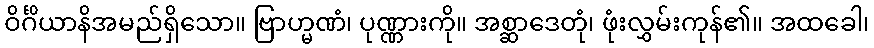
ဝိင်္ဂိယာနိအမည်ရှိသော။ ဗြာဟ္မဏံ၊ ပုဏ္ဏားကို။ အစ္ဆာဒေတုံ၊ ဖုံးလွှမ်းကုန်၏။ အထခေါ၊